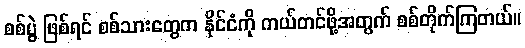
စစ်ပွဲ ဖြစ်ရင် စစ်သားတွေက နိုင်ငံကို ကယ်တင်ဖို့အတွက် စစ်တိုက်ကြတယ်။